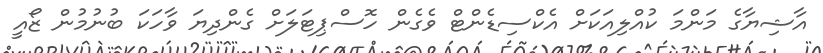
އާޝިޔާގެ މަންމަ ކުއްލިއަކަށް އެކްސިޑެންޓް ވެގެން ހޮސްޕިޓަލަށް ގެންދިޔަ ވާހަކަ ބުނުމުން ޒޯއީ